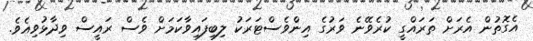
އެގޮތުން އެރަށް ތަރައްގީ ކުރެވޭނެ ވަރުގެ އިންވެސްޓަރަކު ލިބިފައިވާކަމަށް ވެސް ރައީސް ވިދާޅުވިއެވެ.